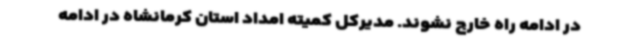
در ادامه راه خارج نشوند. مدیرکل کمیته امداد استان کرمانشاه در ادامه